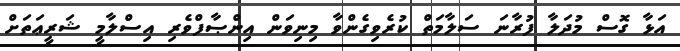
އަޅާ ގޮސް މުދަލާ ފުރާނަ ސަލާމަތް ކުރެވިގެންވާ މިނިވަން އިންޞާފްވެރި އިސްލާމީ ޝަރީޢަތަށް